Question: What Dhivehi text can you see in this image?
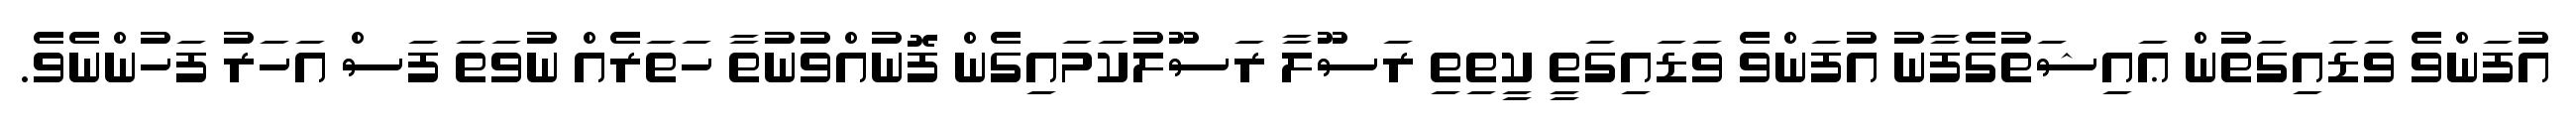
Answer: އުފަންވެ ވަޑައިގަތުން ޢައިޝަތުގެފާނު އުފަންވެ ވަޑައިގަތީ ކީތިތި ރަސޫލާ ރަސޫލުކަމައިގެން ފޮނުއްވުނުތާ ހަތަރެއް ނުވަތަ ފަސް އަހަރު ފަހުންނެވެ.